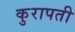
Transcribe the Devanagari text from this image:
कुरापती